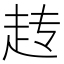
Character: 𬦆